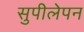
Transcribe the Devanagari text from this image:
सुपीलेपन